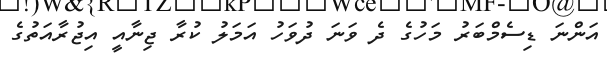
އަންނަ ޑިސެމްބަރު މަހުގެ ދެ ވަނަ ދުވަހު އަމަލު ކުރާ ޖިނާއީ އިޖުރާއަތުގެ